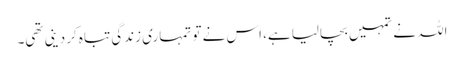
اللہ نے تمہیں بچالیا ہے، اس نے تو تمہاری زندگی تباہ کردینی تھی۔